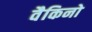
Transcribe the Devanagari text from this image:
वैकिनो